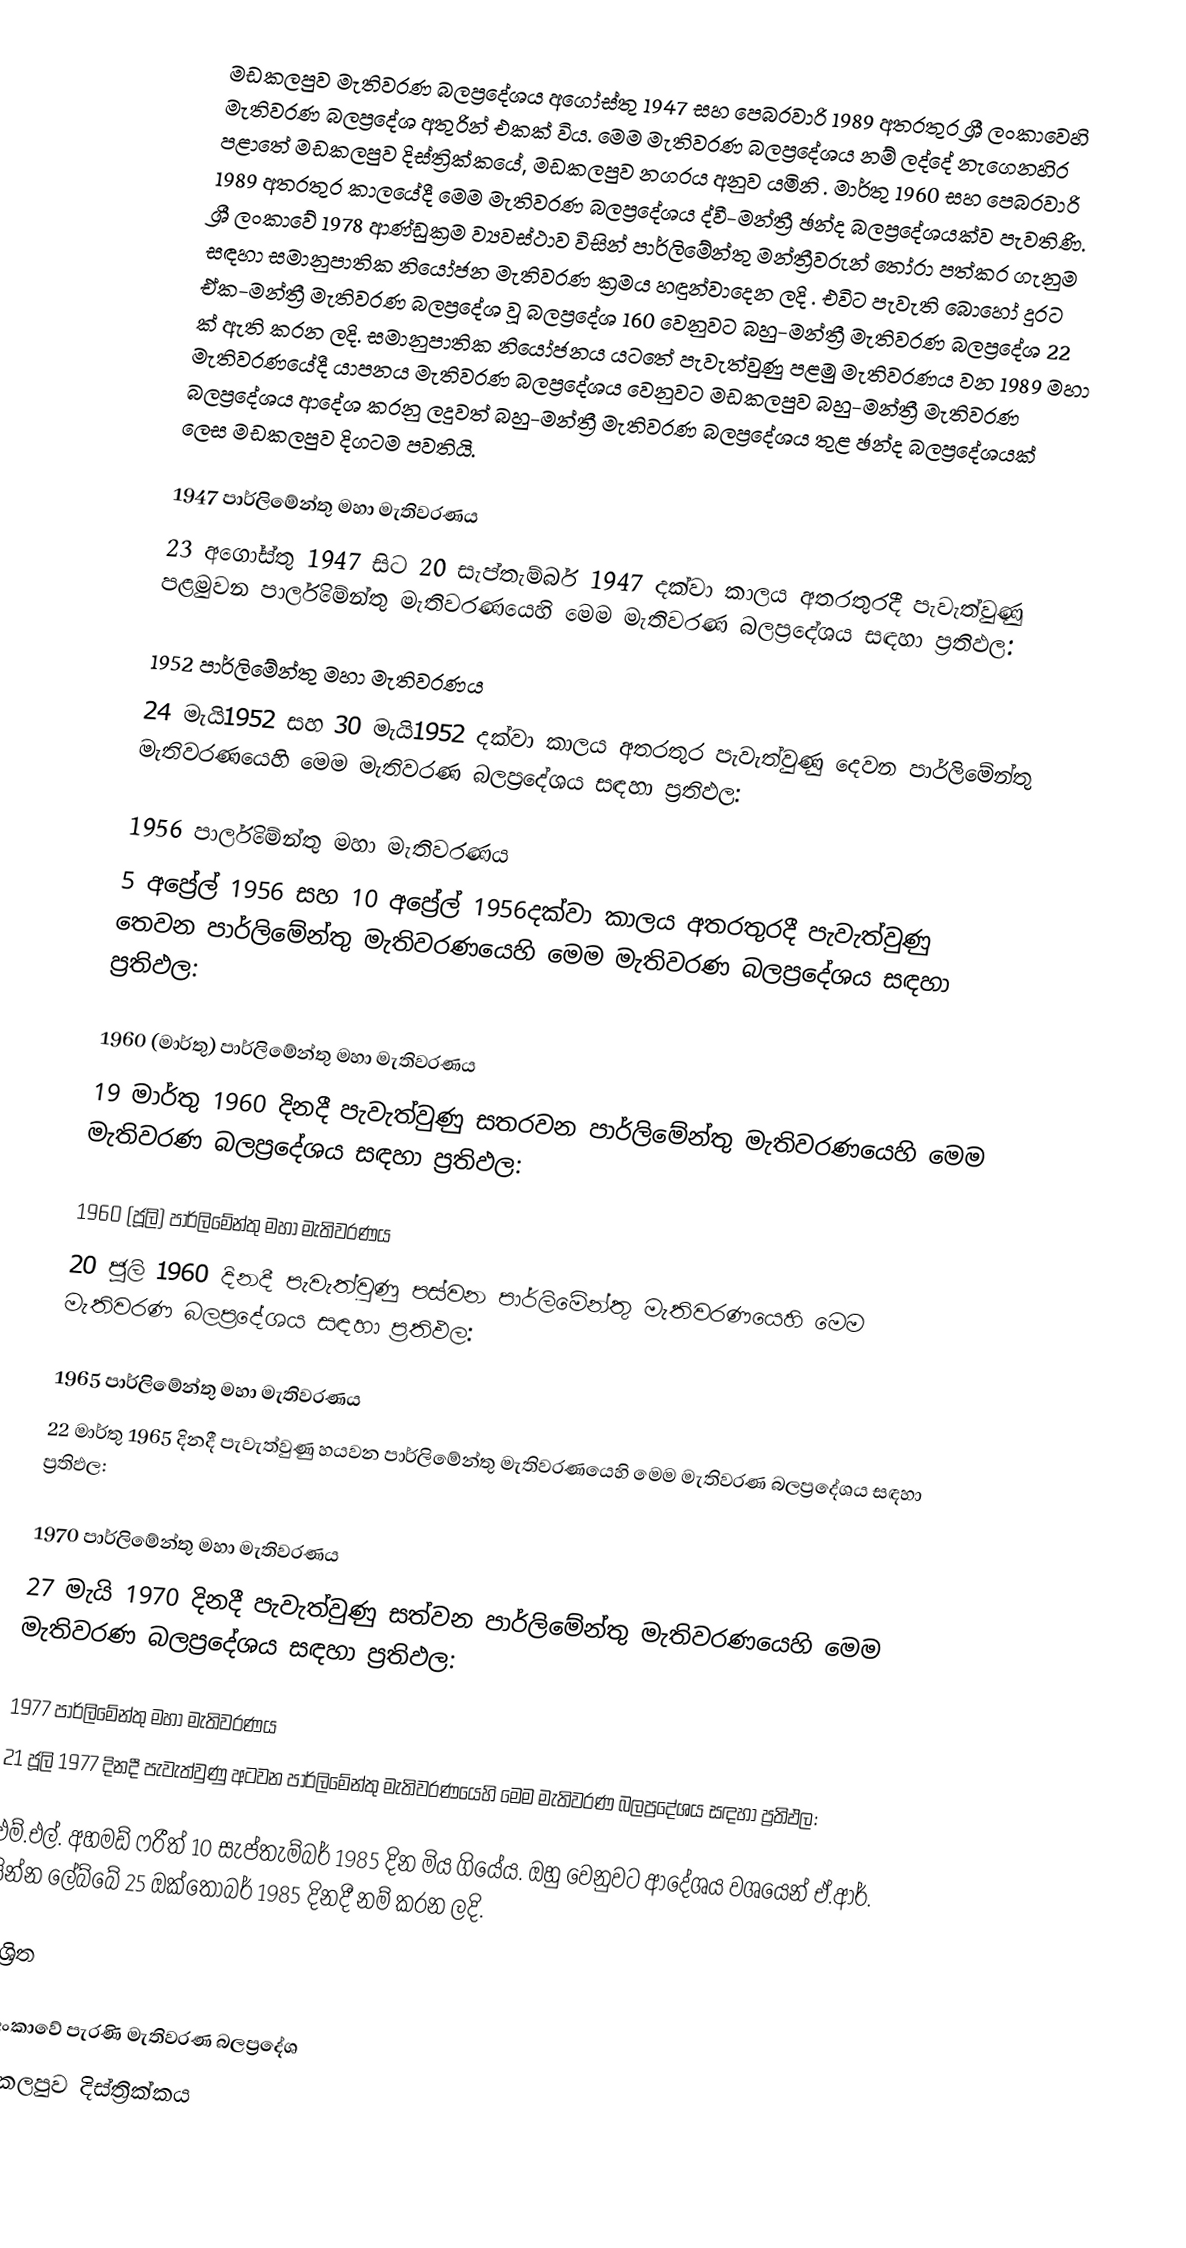
මඩකලපුව මැතිවරණ බලප්‍රදේශය අගෝස්තු 1947 සහ පෙබරවාරි 1989 අතරතුර  ශ්‍රී ලංකාවෙහි  මැතිවරණ බලප්‍රදේශ අතුරින් එකක් විය. මෙම මැතිවරණ බලප්‍රදේශය නම් ලද්දේ  නැගෙනහිර පළාතේ  මඩකලපුව දිස්ත්‍රික්කයේ,  මඩකලපුව නගරය අනුව යමිනි . මාර්තු 1960 සහ පෙබරවාරි 1989 අතරතුර කාලයේදී මෙම මැතිවරණ බලප්‍රදේශය ද්වී-මන්ත්‍රී ඡන්ද බලප්‍රදේශයක්ව පැවතිණි. ශ්‍රී ලංකාවේ 1978 ආණ්ඩුක්‍රම ව්‍යවස්ථාව විසින්   පාර්ලිමේන්තු මන්ත්‍රීවරුන් තෝරා පත්කර ගැනුම සඳහා සමානුපාතික නියෝජන මැතිවරණ ක්‍රමය හඳුන්වාදෙන ලදි . එවිට පැවැති බොහෝ දුරට  ඒක-මන්ත්‍රී මැතිවරණ බලප්‍රදේශ වූ බලප්‍රදේශ 160 වෙනුවට බහු-මන්ත්‍රී මැතිවරණ බලප්‍රදේශ 22 ක් ඇති කරන ලදි. සමානුපාතික නියෝජනය යටතේ පැවැත්වුණු පළමු මැතිවරණය වන 1989 මහා මැතිවරණයේදී  යාපනය මැතිවරණ බලප්‍රදේශය වෙනුවට  මඩකලපුව බහු-මන්ත්‍රී මැතිවරණ බලප්‍රදේශය  ආදේශ කරනු ලදුවත් බහු-මන්ත්‍රී මැතිවරණ බලප්‍රදේශය තුළ ඡන්ද බලප්‍රදේශයක් ලෙස මඩකලපුව දිගටම පවතියි.

1947 පාර්ලිමේන්තු මහා මැතිවරණය
23 අගෝස්තු 1947 සිට 20 සැප්තැම්බර් 1947 දක්වා කාලය අතරතුරදී පැවැත්වුණු  පළමුවන පාර්ලිමේන්තු මැතිවරණයෙහි මෙම මැතිවරණ බලප්‍රදේශය සඳහා ප්‍රතිඵල:

1952 පාර්ලිමේන්තු මහා මැතිවරණය
24 මැයි1952 සහ 30 මැයි1952 දක්වා කාලය අතරතුර පැවැත්වුණු  දෙවන පාර්ලිමේන්තු මැතිවරණයෙහි මෙම මැතිවරණ බලප්‍රදේශය සඳහා ප්‍රතිඵල:

1956 පාර්ලිමේන්තු මහා මැතිවරණය
5 අප්‍රේල් 1956 සහ 10 අප්‍රේල් 1956දක්වා කාලය අතරතුරදී පැවැත්වුණු  තෙවන පාර්ලිමේන්තු මැතිවරණයෙහි මෙම මැතිවරණ බලප්‍රදේශය සඳහා ප්‍රතිඵල:

1960 (මාර්තු) පාර්ලිමේන්තු මහා මැතිවරණය
19 මාර්තු 1960 දිනදී පැවැත්වුණු  සතරවන පාර්ලිමේන්තු මැතිවරණයෙහි මෙම මැතිවරණ බලප්‍රදේශය සඳහා ප්‍රතිඵල:

1960 (ජූලි) පාර්ලිමේන්තු මහා මැතිවරණය
20 ජූලි 1960 දිනදී පැවැත්වුණු  පස්වන පාර්ලිමේන්තු මැතිවරණයෙහි මෙම මැතිවරණ බලප්‍රදේශය සඳහා ප්‍රතිඵල:

1965 පාර්ලිමේන්තු මහා මැතිවරණය
22 මාර්තු 1965  දිනදී පැවැත්වුණු  හයවන පාර්ලිමේන්තු මැතිවරණයෙහි මෙම මැතිවරණ බලප්‍රදේශය සඳහා ප්‍රතිඵල:

1970 පාර්ලිමේන්තු මහා මැතිවරණය
27 මැයි 1970 දිනදී පැවැත්වුණු  සත්වන පාර්ලිමේන්තු මැතිවරණයෙහි මෙම මැතිවරණ බලප්‍රදේශය සඳහා ප්‍රතිඵල:

1977 පාර්ලිමේන්තු මහා මැතිවරණය
21 ජූලි 1977 දිනදී පැවැත්වුණු  අටවන පාර්ලිමේන්තු මැතිවරණයෙහි මෙම මැතිවරණ බලප්‍රදේශය සඳහා ප්‍රතිඵල:

එම්.එල්. අහමඩ් ෆරීත් 10 සැප්තැම්බර් 1985 දින මිය ගියේය. ඔහු වෙනුවට ආදේශය වශයෙන් ඒ.ආර්. සින්න ලේබ්බේ 25 ඔක්තෝබර් 1985 දිනදී නම් කරන ලදි.

ආශ්‍රිත

ශ්‍රී ලංකාවේ පැරණි මැතිවරණ බලප්‍රදේශ
මඩකලපුව දිස්ත්‍රික්කය